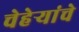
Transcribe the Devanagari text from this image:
चेहेऱ्यांचे